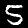
Label: 5